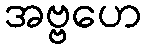
အဗ္ဗဟေ